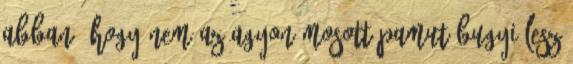
abban, hogy nem az agyon mosott pamut bugyi lesz